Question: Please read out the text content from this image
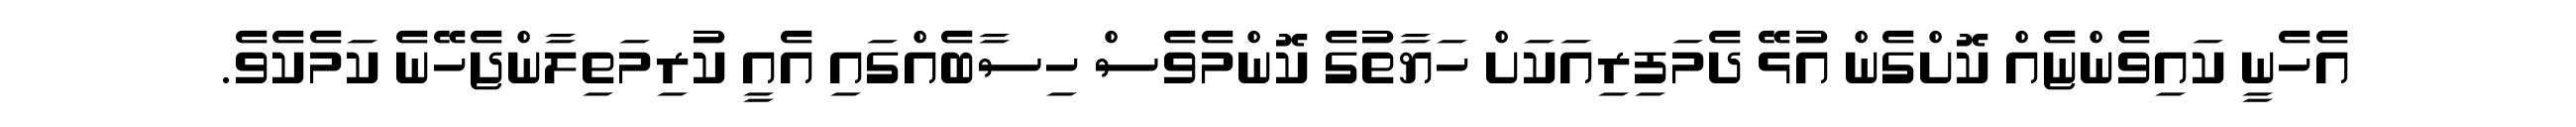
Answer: އެހެނީ ކައިވެންޏެއް ކޮށްގެން އުޅޭ ދެމަފިރިއަކަށް ހަޔާތުގެ ކޮންމެވެސް ހިސާބެއްގައި އެއީ ކުރިމަތިލާންޖެހޭނެ ކަމެކެވެ.